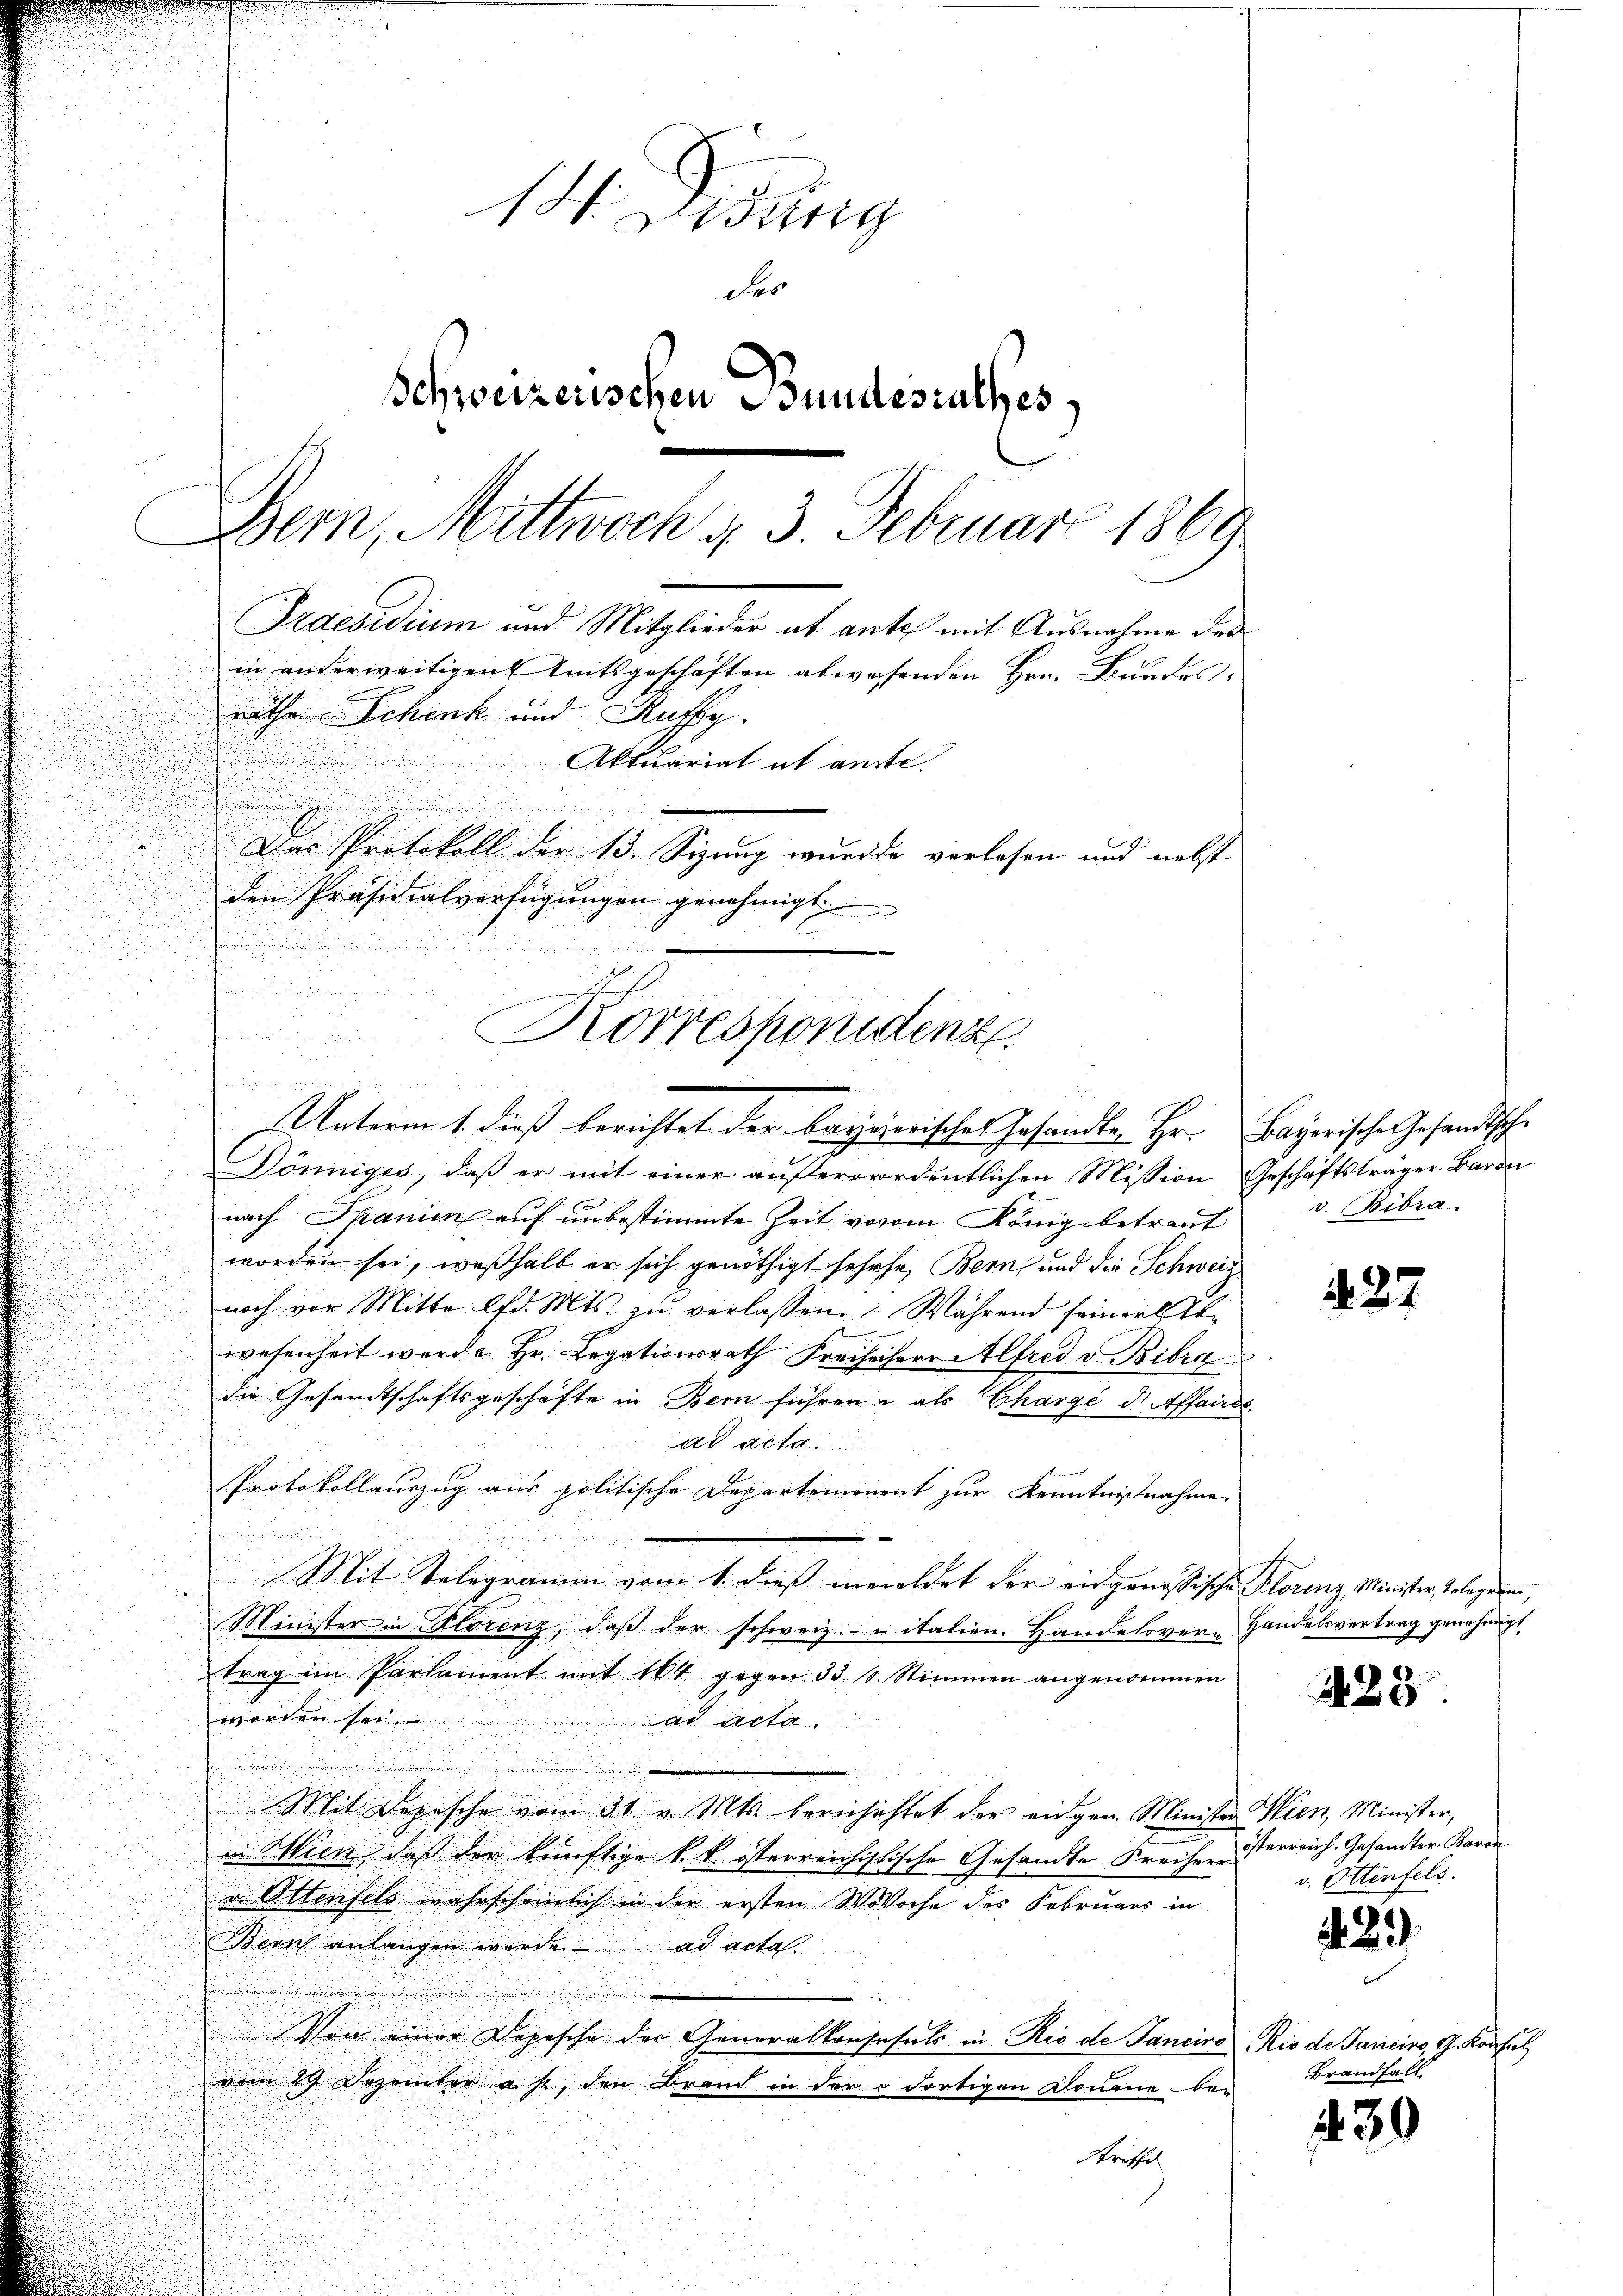
u

.
52
Korrespondenz.
u
Unterm 1. dieß berichtet der Bayerisches Gesandte Hr. Bayerische Gesandtsche

e
1 Ztig
des
Schweizerischen Bundesrathes
Bern, Mittwoch u. 3. Februar 1869
Praesidium und Mitglieder ab ante mit Ausnahme der
in anderweitigen Amtsgeschäften abwesenden Hrn. Bundes-
rathe Schenk und Auffy.

Aktuariat et anste.

.
Das Protokoll der 13. Sizung wurde verlesen und nebst
den Präsidialverfügungen genehmigt.

Dönniges, daß er mit einer außerordentlichen Mission Geschäftsträger Baron
nach Manien auf unbestimmte Zeit vorom König betraut
worden sei, weßhalb er sich genöthigt sehehe, Bern und die Schweiz
u
noch vor Mitte lfd. Mts. zu verlassen. Während seinerseln
wesenheit werde. Hr. Legationsrath Freiseiherr Alfred v. Bibra
die Gesandtschaftsgeschäfte in Bern führen u als Chargé de Affaires.
ad acta.
Protokollauszug aus politische Departemenent zur Kenntnißnahme
Mit Telegramm vom 1. dieß anmeldet der eidgenössische Florenz Minister Telegerin,
Minister in Florenz, daß der schweiz. uitalien. Handelsver-Handelsvertrag genehmigt
trag im Parlament mit 14 gegen 33 10 Stimmen angenommen
worden sei.
ad acta.
.
Mit Depesche vom 31. v. Mts. berichichtet der eidgen. Minister Wien, Minister,
in Wien, daß der künftige k. k. österreichistische Gesandte Kreiser Sterreich. Gesandter Baron
u Ottenfels wahrscheinlich in der ersten Woche des Februars in
Zürich anlangen wurde ad acta
Von einer Depesche der Generalkonsesuls in Rio de Tancino Rio der Sancirs, G. Konsul
vom 29. Dezember a. p., den Brand in der dortigen Donaue bei
Striffe
e

v. Bibra

427

428.

v. Ettenfels.

.2

Brandfall

430